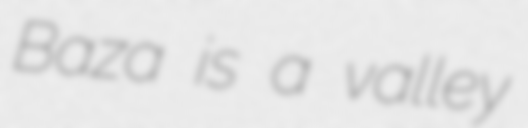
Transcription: Baza is a valley